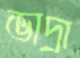
ভাদ্রা